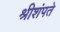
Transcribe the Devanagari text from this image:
श्रीशंपते